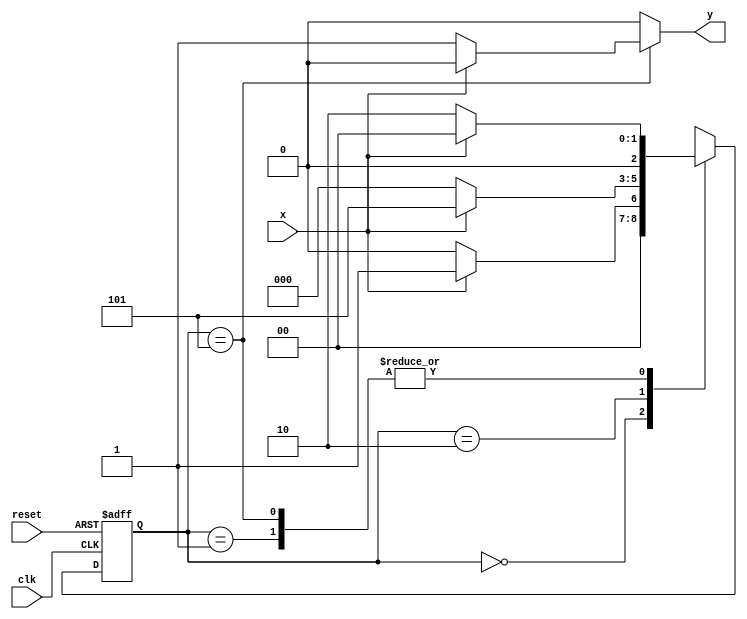
// ARQUITETURA DE cOMPUTADORES - Guia 10 - Exercicio03
//ALUNA : Jessica Luisa Betonico Andrade -  Matricula: 412748




// ------------------------------------------------ Mealy FSM ---------------------------------------------------------------


// constant definitions
  `define found    1
  `define notfound 0

// FSM by Mealy
   module seq1010_mealy ( y, x, clk, reset );
   output y;
   input  x;
   input  clk;
   input  reset;

   reg    y;

   parameter         // state identifiers 
   start  = 2'b00,
   id1    = 2'b01,
   id10   = 2'b10,
   id101  = 3'b101;

   reg [2:0] E1;	// current state variables
   reg [2:0] E2;	// next state logic output

// next state logic
   always @( x or E1 )
    begin
     y = `notfound;
     case ( E1 )
      start:
        if ( x )
         E2 = id1;
        else
         E2 = start;
      id1:
        if ( x )
         E2 = start;
        else
         E2 = id10;
      id10:
        if ( x )
         E2 = id101;
        else
         E2 = start;
      id101:
        if ( x )
	 begin
	   E2 =  start;
	   y  = `notfound;
	 end
	else
	 begin
	   E2 =  id10;
	   y  = `found;
	 end
      default:   // undefined state
           E2 =  2'bxx;
     endcase
    end // always at signal or state changing

// state variables
   always @( posedge clk or negedge reset )
    begin
     if ( reset )
      E1 = E2;    // updates current state
     else
      E1 = 0;     // reset
    end // always at signal changing

 endmodule // seq1101_mealy

// --------------------
// --------------------- TESTE ---------------------------------------------------------------------------------------------
// --------------------

 module seq1010_test;
 reg   clk, reset, x;
 wire  m1, m2;

 seq1010_mealy mealy1 ( m1, x, clk, reset );

 initial
  begin
   $display ( "Aluna: jessica betonico" );
   $display ( "Time     X   Mealy Moore" );

// initial values
       clk   = 1;
       reset = 0;
       x     = 0;

// input signal changing
   #5   reset = 1;
   #10  x = 1;
   #10  x = 0;
   #10  x = 1;
   #10  x = 0;
   #10  x = 1;
   #10  x = 0;
   #10  x = 0;
   #10  x = 1;

   #30 $finish;

 end // initial

 always
   #5 clk = ~clk;

 always @( posedge clk )
  begin
   $display ( "%4d  %4b  %4b", $time, x, m1 );

  end // always at positive edge clocking changing

endmodule // seq1101_test